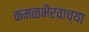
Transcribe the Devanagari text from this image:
कमळभैरवाच्या